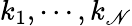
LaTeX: k_{1},\cdots,k_{\mathscr{N}}